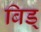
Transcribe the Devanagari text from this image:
बिड्